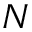
N